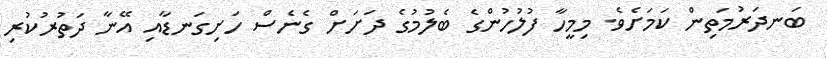
ބަނދަރުމަތިން ކަމަށެވެ. މިމީހާ ފުލުހުންގެ ބެލުމުގެ ދަށަަށް ގެނެސް ހަށިގަނޑާއި އޭނާ ދަތުރުކުރި